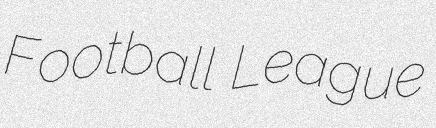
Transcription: Football League